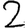
Digit: 2